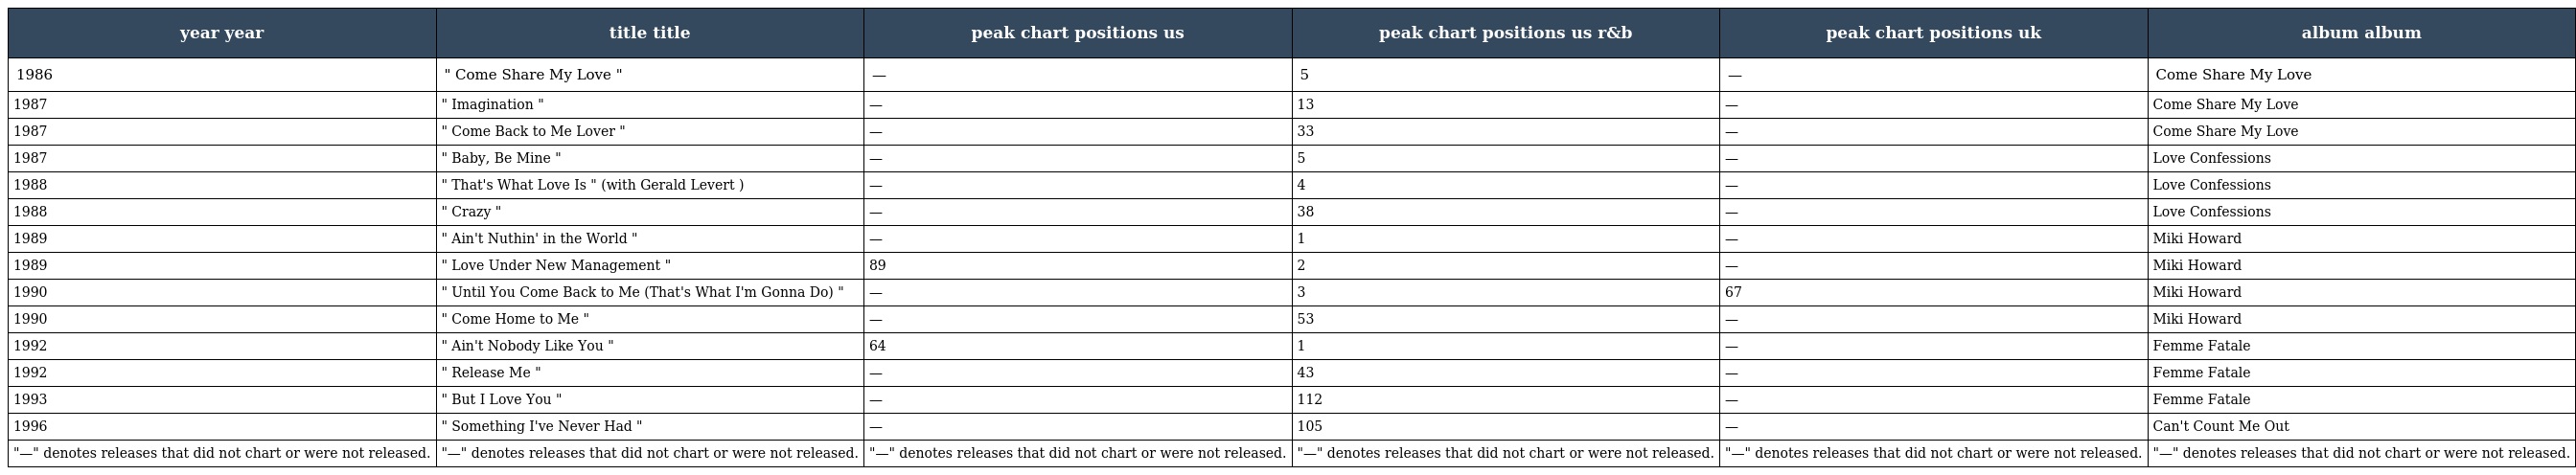
| year year | title title | peak chart positions us | peak chart positions us r&b | peak chart positions uk | album album |
 | --- | --- | --- | --- | --- | --- |
 | 1986 | " Come Share My Love " | — | 5 | — | Come Share My Love |
 | 1987 | " Imagination " | — | 13 | — | Come Share My Love |
 | 1987 | " Come Back to Me Lover " | — | 33 | — | Come Share My Love |
 | 1987 | " Baby, Be Mine " | — | 5 | — | Love Confessions |
 | 1988 | " That's What Love Is " (with Gerald Levert ) | — | 4 | — | Love Confessions |
 | 1988 | " Crazy " | — | 38 | — | Love Confessions |
 | 1989 | " Ain't Nuthin' in the World " | — | 1 | — | Miki Howard |
 | 1989 | " Love Under New Management " | 89 | 2 | — | Miki Howard |
 | 1990 | " Until You Come Back to Me (That's What I'm Gonna Do) " | — | 3 | 67 | Miki Howard |
 | 1990 | " Come Home to Me " | — | 53 | — | Miki Howard |
 | 1992 | " Ain't Nobody Like You " | 64 | 1 | — | Femme Fatale |
 | 1992 | " Release Me " | — | 43 | — | Femme Fatale |
 | 1993 | " But I Love You " | — | 112 | — | Femme Fatale |
 | 1996 | " Something I've Never Had " | — | 105 | — | Can't Count Me Out |
 | "—" denotes releases that did not chart or were not released. | "—" denotes releases that did not chart or were not released. | "—" denotes releases that did not chart or were not released. | "—" denotes releases that did not chart or were not released. | "—" denotes releases that did not chart or were not released. | "—" denotes releases that did not chart or were not released. |